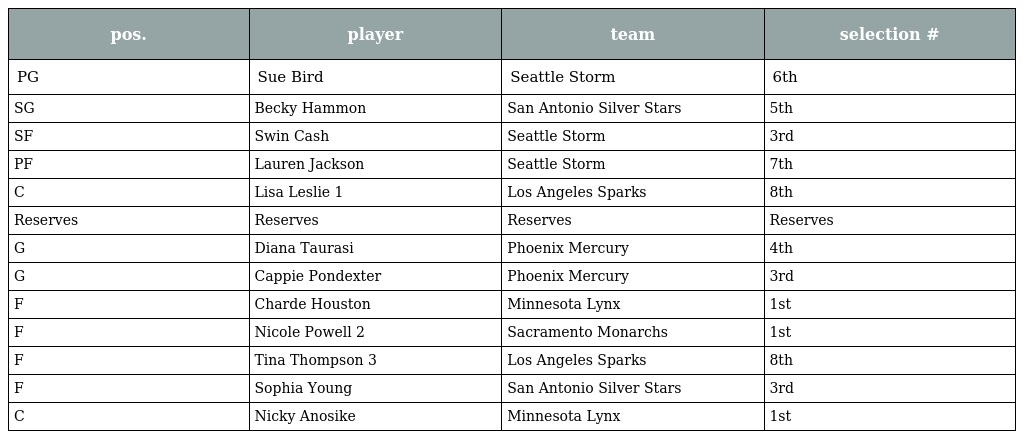
| pos. | player | team | selection # |
 | --- | --- | --- | --- |
 | PG | Sue Bird | Seattle Storm | 6th |
 | SG | Becky Hammon | San Antonio Silver Stars | 5th |
 | SF | Swin Cash | Seattle Storm | 3rd |
 | PF | Lauren Jackson | Seattle Storm | 7th |
 | C | Lisa Leslie 1 | Los Angeles Sparks | 8th |
 | Reserves | Reserves | Reserves | Reserves |
 | G | Diana Taurasi | Phoenix Mercury | 4th |
 | G | Cappie Pondexter | Phoenix Mercury | 3rd |
 | F | Charde Houston | Minnesota Lynx | 1st |
 | F | Nicole Powell 2 | Sacramento Monarchs | 1st |
 | F | Tina Thompson 3 | Los Angeles Sparks | 8th |
 | F | Sophia Young | San Antonio Silver Stars | 3rd |
 | C | Nicky Anosike | Minnesota Lynx | 1st |